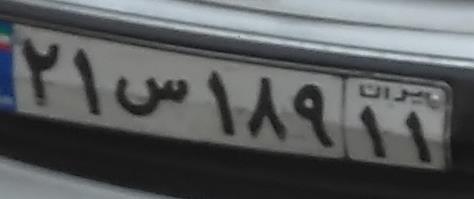
۲۱س۱۸۹۱۱